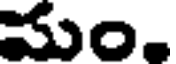
మం.